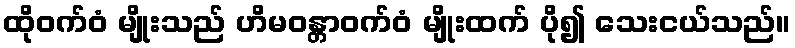
ထိုဝက်ဝံ မျိုးသည် ဟိမဝန္တာဝက်ဝံ မျိုးထက် ပို၍ သေးငယ်သည်။